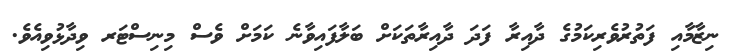
ނިޒާމާއި ފަތުރުވެރިކަމުގެ ދާއިރާ ފަދަ ދާއިރާތަކަށް ބަލާފައިވާނެ ކަމަށް ވެސް މިނިސްޓަރ ވިދާޅުވިއެވެ.